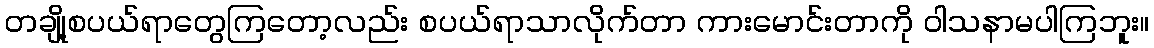
တချို့စပယ်ရာတွေကြတော့လည်း စပယ်ရာသာလိုက်တာ ကားမောင်းတာကို ဝါသနာမပါကြဘူး။